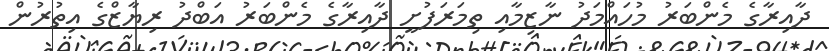
ދާއިރާގެ މެންބަރު މުހައްމަދު ނާޒިމާއި ތިމަރަފުށީ ދާއިރާގެ މެންބަރު އަބްދު ރިޔާޒްގެ އިތުރުން